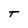
Character: T